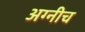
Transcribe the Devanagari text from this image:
अग्नीच